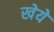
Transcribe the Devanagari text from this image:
खेये